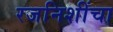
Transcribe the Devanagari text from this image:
रजनिशींचा